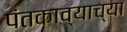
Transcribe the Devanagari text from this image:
पंतकाव्याच्या